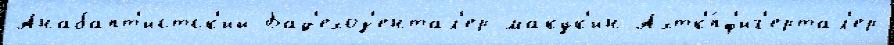
Анабапт'истск'ий Бад'ехоз'ентал'ер макук'ин Ахтк'́пф'иг'ертал'ер